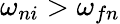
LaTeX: \omega_{ni}>\omega_{fn}